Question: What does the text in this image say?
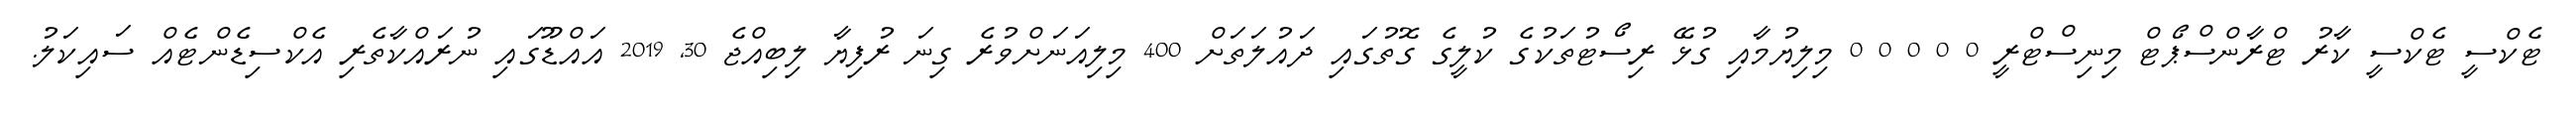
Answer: ޓެކްސީ ޓެކްސީ ކާރު ޓްރާންސްޕޯޓް މިނިސްޓްރީ 0 0 0 0 0 މިލިޔުމާއި ގުޅޭ ރިސޯޓުތަކުގެ ކުލީގެ ގޮތުގައި ދައުލަތަށް 400 މިލިއަނަށްވުރެ ގިނަ ރުފިޔާ ލިބިއްޖެ 30, 2019 އައްޑޫގައި ނުރައްކާތެރި އެކްސިޑެންޓެއް ސައިކަލު.